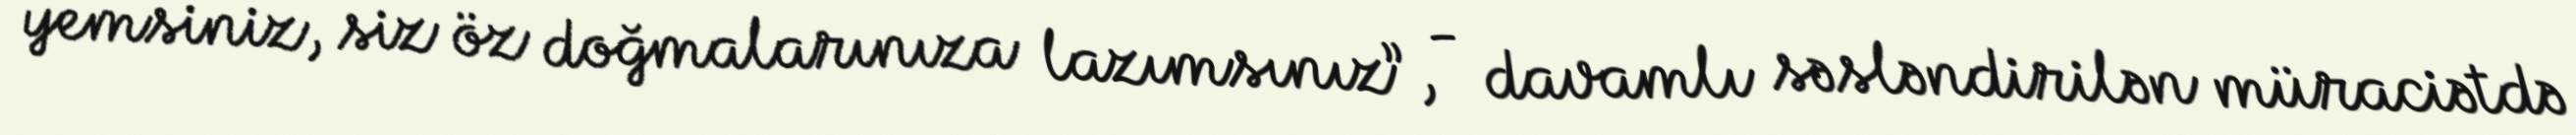
yemsiniz, siz öz doğmalarınıza lazımsınız”, - davamlı səsləndirilən müraciətdə